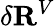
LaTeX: \delta\mathbf{R}^{V}